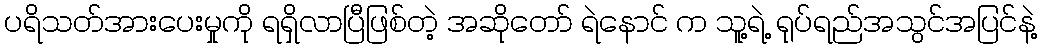
ပရိသတ်အားပေးမှုကို ရရှိလာပြီဖြစ်တဲ့ အဆိုတော် ရဲနောင် က သူ့ရဲ့ ရုပ်ရည်အသွင်အပြင်နဲ့